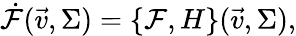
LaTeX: \dot{\mathcal{F}}(\vec{v},\Sigma)=\{ \mathcal{F},H\} (\vec{v},\Sigma),